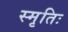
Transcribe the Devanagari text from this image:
स्मृतिः